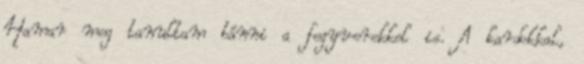
Hamar meg tanultam bánni a fegyverekkel is. A kardokkal,